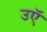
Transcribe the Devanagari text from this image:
उऍ